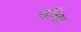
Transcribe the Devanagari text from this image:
संशिप्त